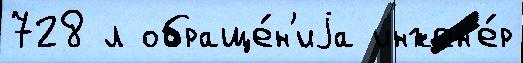
728 л обраще́н'иjа инжен'е́р